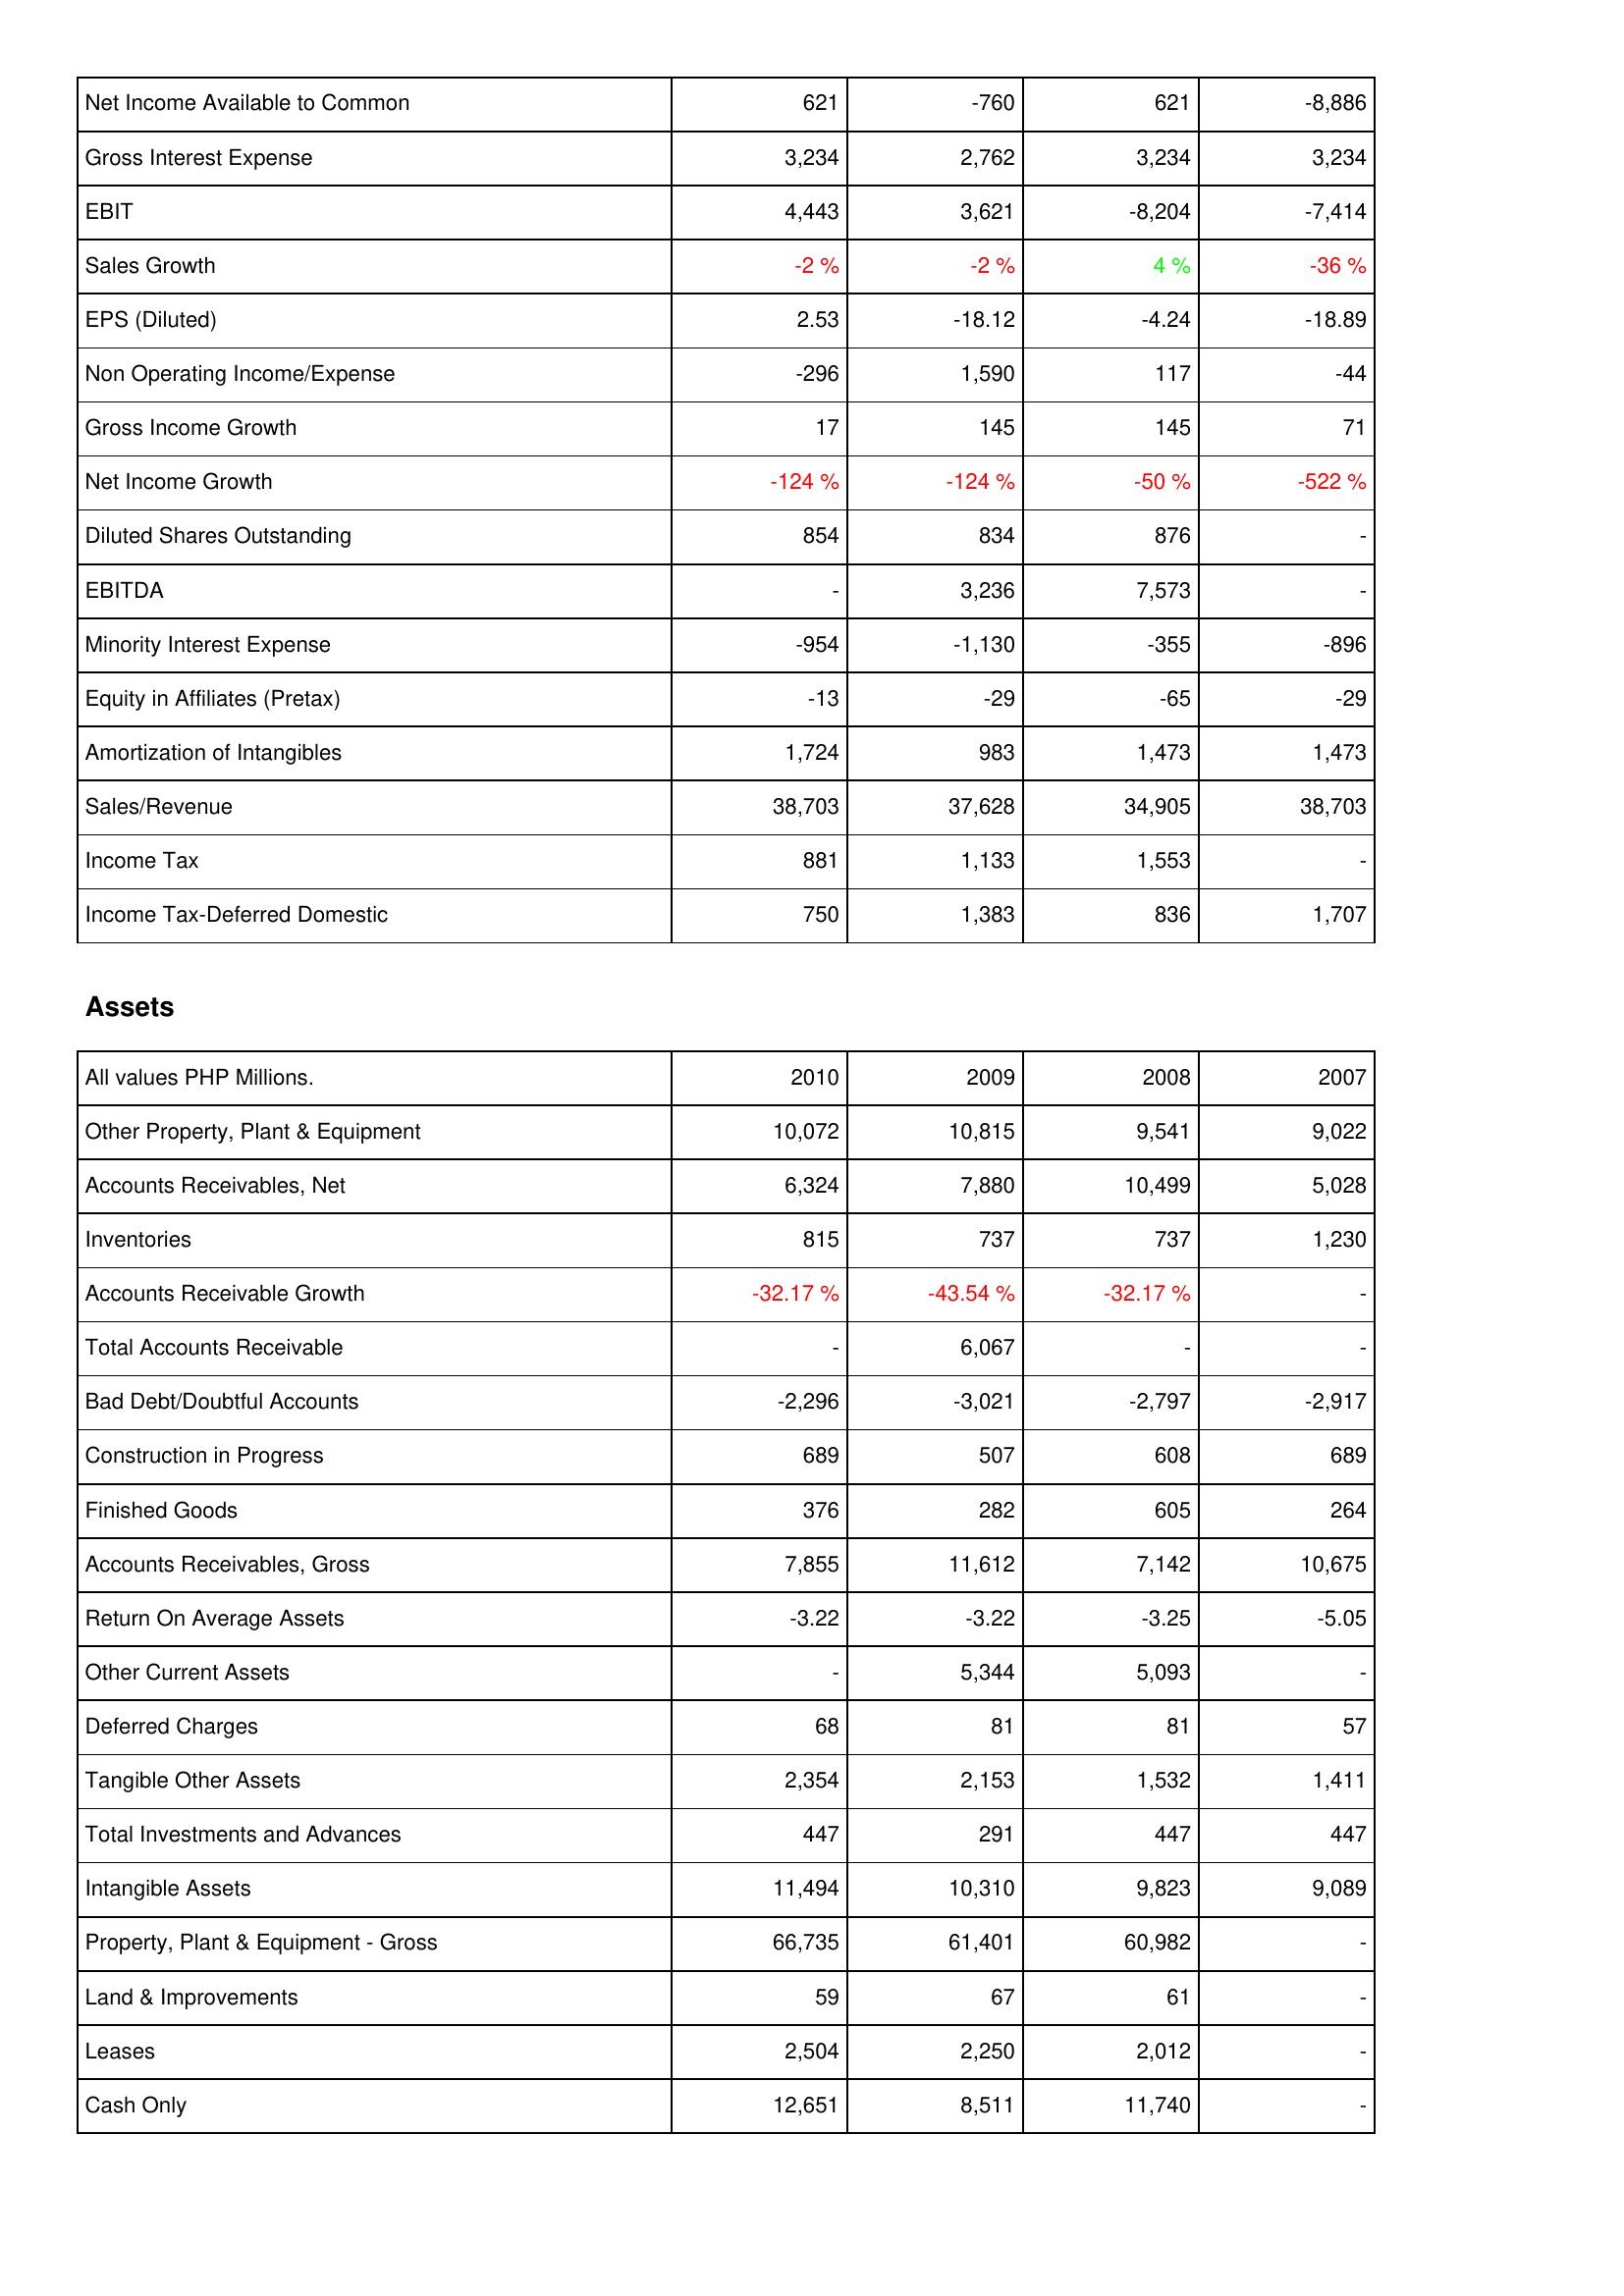
2010: Income Statement: Net Income Available to Common: 621
Gross Interest Expense: 3,234
EBIT: 4,443
Sales Growth: -2 %
EPS (Diluted): 2.53
Non Operating Income/Expense: -296
Gross Income Growth: 17
Net Income Growth: -124 %
Diluted Shares Outstanding: 854
EBITDA: -
Minority Interest Expense: -954
Equity in Affiliates (Pretax): -13
Amortization of Intangibles: 1,724
Sales/Revenue: 38,703
Income Tax: 881
Income Tax-Deferred Domestic: 750
Assets: Other Property, Plant & Equipment: 10,072
Accounts Receivables, Net: 6,324
Inventories: 815
Accounts Receivable Growth: -32.17 %
Total Accounts Receivable: -
Bad Debt/Doubtful Accounts: -2,296
Construction in Progress: 689
Finished Goods: 376
Accounts Receivables, Gross: 7,855
Return On Average Assets: -3.22
Other Current Assets: -
Deferred Charges: 68
Tangible Other Assets: 2,354
Total Investments and Advances: 447
Intangible Assets: 11,494
Property, Plant & Equipment - Gross: 66,735
Land & Improvements: 59
Leases: 2,504
Cash Only: 12,651
2009: Income Statement: Net Income Available to Common: -760
Gross Interest Expense: 2,762
EBIT: 3,621
Sales Growth: -2 %
EPS (Diluted): -18.12
Non Operating Income/Expense: 1,590
Gross Income Growth: 145
Net Income Growth: -124 %
Diluted Shares Outstanding: 834
EBITDA: 3,236
Minority Interest Expense: -1,130
Equity in Affiliates (Pretax): -29
Amortization of Intangibles: 983
Sales/Revenue: 37,628
Income Tax: 1,133
Income Tax-Deferred Domestic: 1,383
Assets: Other Property, Plant & Equipment: 10,815
Accounts Receivables, Net: 7,880
Inventories: 737
Accounts Receivable Growth: -43.54 %
Total Accounts Receivable: 6,067
Bad Debt/Doubtful Accounts: -3,021
Construction in Progress: 507
Finished Goods: 282
Accounts Receivables, Gross: 11,612
Return On Average Assets: -3.22
Other Current Assets: 5,344
Deferred Charges: 81
Tangible Other Assets: 2,153
Total Investments and Advances: 291
Intangible Assets: 10,310
Property, Plant & Equipment - Gross: 61,401
Land & Improvements: 67
Leases: 2,250
Cash Only: 8,511
2008: Income Statement: Net Income Available to Common: 621
Gross Interest Expense: 3,234
EBIT: -8,204
Sales Growth: 4 %
EPS (Diluted): -4.24
Non Operating Income/Expense: 117
Gross Income Growth: 145
Net Income Growth: -50 %
Diluted Shares Outstanding: 876
EBITDA: 7,573
Minority Interest Expense: -355
Equity in Affiliates (Pretax): -65
Amortization of Intangibles: 1,473
Sales/Revenue: 34,905
Income Tax: 1,553
Income Tax-Deferred Domestic: 836
Assets: Other Property, Plant & Equipment: 9,541
Accounts Receivables, Net: 10,499
Inventories: 737
Accounts Receivable Growth: -32.17 %
Total Accounts Receivable: -
Bad Debt/Doubtful Accounts: -2,797
Construction in Progress: 608
Finished Goods: 605
Accounts Receivables, Gross: 7,142
Return On Average Assets: -3.25
Other Current Assets: 5,093
Deferred Charges: 81
Tangible Other Assets: 1,532
Total Investments and Advances: 447
Intangible Assets: 9,823
Property, Plant & Equipment - Gross: 60,982
Land & Improvements: 61
Leases: 2,012
Cash Only: 11,740
2007: Income Statement: Net Income Available to Common: -8,886
Gross Interest Expense: 3,234
EBIT: -7,414
Sales Growth: -36 %
EPS (Diluted): -18.89
Non Operating Income/Expense: -44
Gross Income Growth: 71
Net Income Growth: -522 %
Diluted Shares Outstanding: -
EBITDA: -
Minority Interest Expense: -896
Equity in Affiliates (Pretax): -29
Amortization of Intangibles: 1,473
Sales/Revenue: 38,703
Income Tax: -
Income Tax-Deferred Domestic: 1,707
Assets: Other Property, Plant & Equipment: 9,022
Accounts Receivables, Net: 5,028
Inventories: 1,230
Accounts Receivable Growth: -
Total Accounts Receivable: -
Bad Debt/Doubtful Accounts: -2,917
Construction in Progress: 689
Finished Goods: 264
Accounts Receivables, Gross: 10,675
Return On Average Assets: -5.05
Other Current Assets: -
Deferred Charges: 57
Tangible Other Assets: 1,411
Total Investments and Advances: 447
Intangible Assets: 9,089
Property, Plant & Equipment - Gross: -
Land & Improvements: -
Leases: -
Cash Only: -